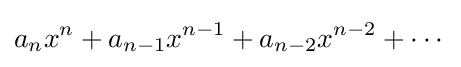
a_{n}x^{n}+a_{n-1}x^{n-1}+a_{n-2}x^{n-2}+\cdots